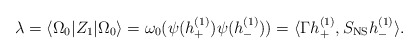
\begin{align*}\lambda = \langle\Omega_0|Z_1|\Omega_0\rangle =\omega_0(\psi(h_+^{(1)})\psi(h_-^{(1)}))=\langle\Gamma h_+^{(1)},S_{\rm NS} h_-^{(1)} \rangle.\end{align*}